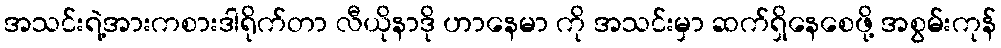
အသင်းရဲ့အားကစားဒါရိုက်တာ လီယိုနာဒို ဟာနေမာ ကို အသင်းမှာ ဆက်ရှိနေစေဖို့ အစွမ်းကုန်